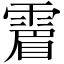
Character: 𩄎